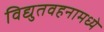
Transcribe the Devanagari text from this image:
विद्युतवहनामध्ये